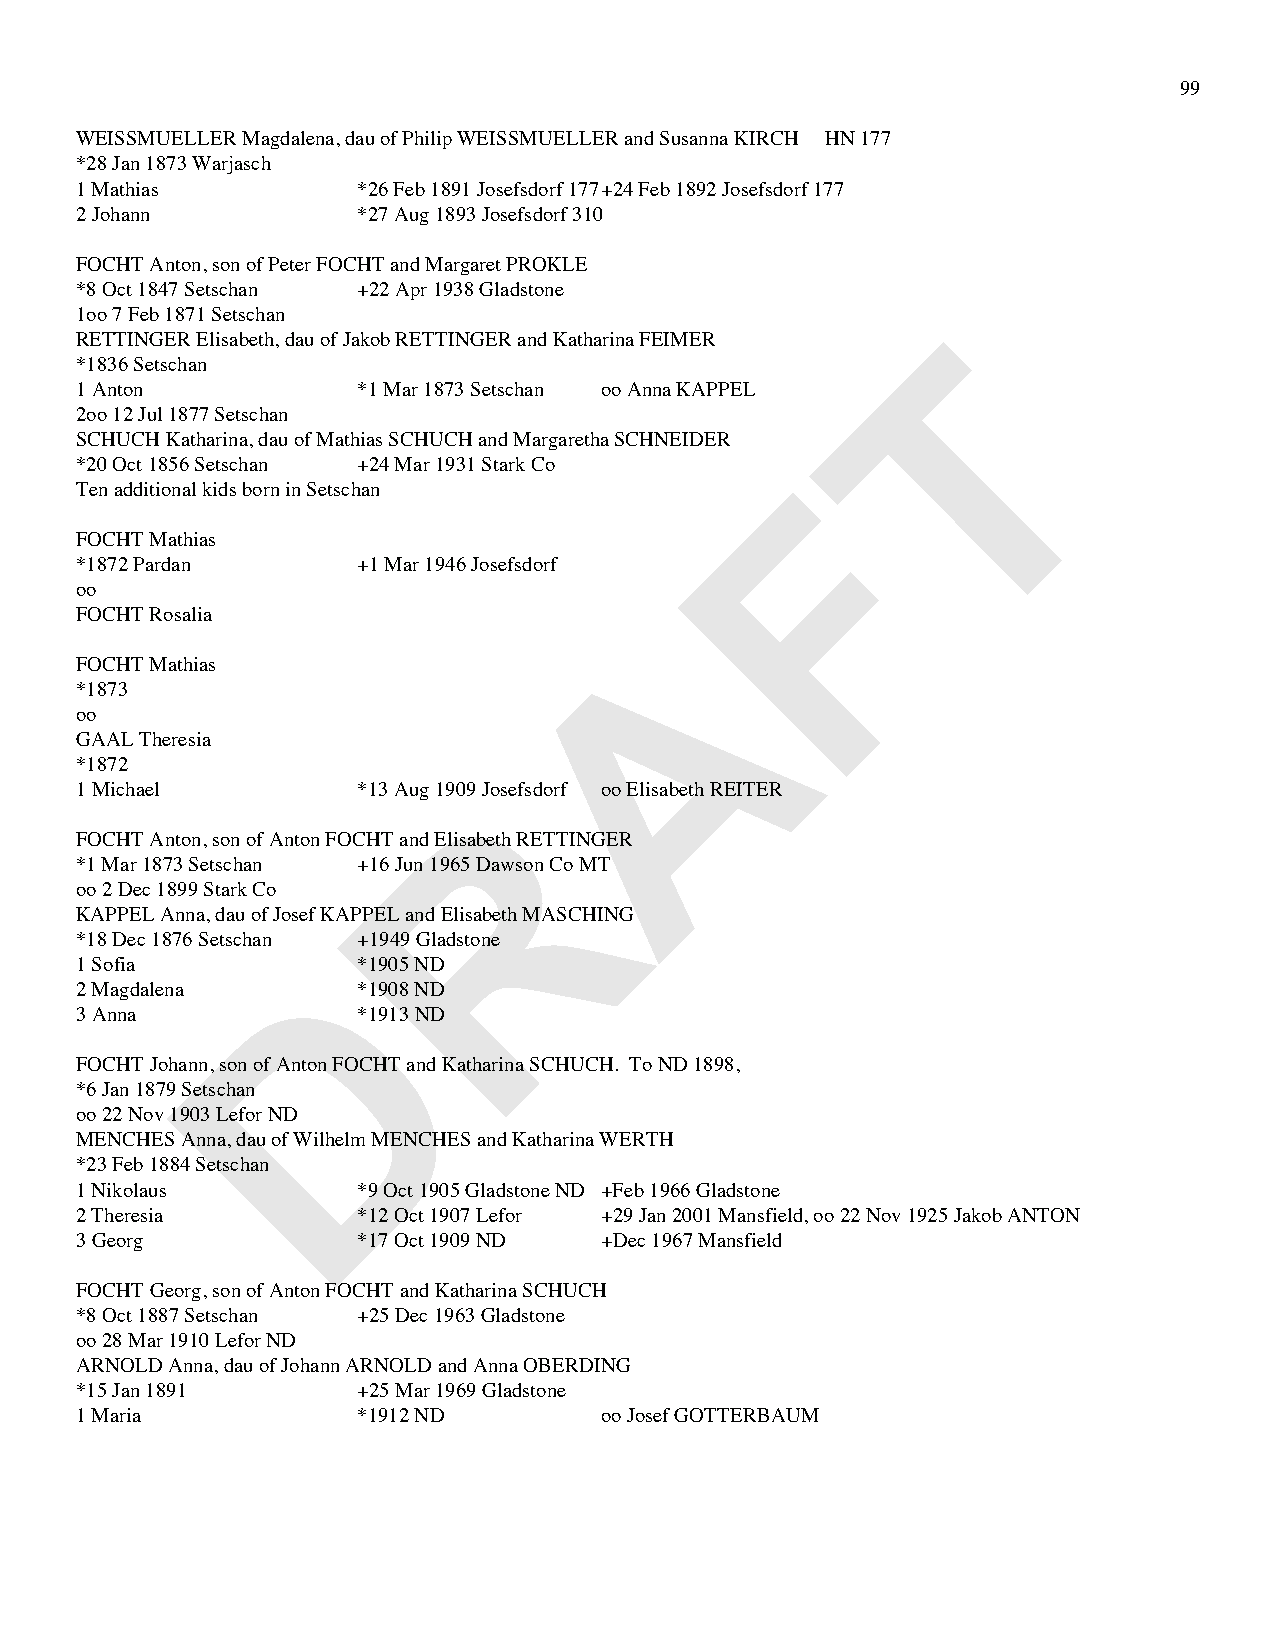
99
 WEISSMUELLER Magdalena, dau of Philip WEISSMUELLER and Susanna KIRCH HN 177
 *28 Jan 1873 Warjasch
 1 Mathias          *26 Feb 1891 Josefsdorf 177 +24 Feb 1892 Josefsdorf 177
 2 Johann           *27 Aug 1893 Josefsdorf 310
 FOCHT Anton, son of Peter FOCHT and Margaret PROKLE
 *8 Oct 1847 Setschan +22 Apr 1938 Gladstone
 1oo 7 Feb 1871 Setschan
 T
 RETTINGER Elisabeth, dau of Jakob RETTINGER and Katharina FEIMER
 *1836 Setschan
 1 Anton            *1 Mar 1873 Setschan oo Anna KAPPEL
 2oo 12 Jul 1877 Setschan
 SCHUCH Katharina, dau of Mathias SCHUCH and Margaretha SCHNEIDER
 *20 Oct 1856 Setschan +24 Mar 1931 Stark Co    F
 Ten additional kids born in Setschan
 FOCHT Mathias
 *1872 Pardan       +1 Mar 1946 Josefsdorf
 oo
 FOCHT Rosalia                        A
 FOCHT Mathias
 *1873
 oo
 GAAL Theresia
 *1872
 R
 1 Michael          *13 Aug 1909 Josefsdorf oo Elisabeth REITER
 FOCHT Anton, son of Anton FOCHT and Elisabeth RETTINGER
 *1 Mar 1873 Setschan +16 Jun 1965 Dawson Co MT
 oo 2 Dec 1899 Stark Co
 KAPPEL Anna, dau of Josef KAPPEL and Elisabeth MASCHING
 *18 Dec 1876 Setschan +1949 Gladstone
 D
 1 Sofia            *1905 ND
 2 Magdalena        *1908 ND
 3 Anna             *1913 ND
 FOCHT Johann, son of Anton FOCHT and Katharina SCHUCH. To ND 1898,
 *6 Jan 1879 Setschan
 oo 22 Nov 1903 Lefor ND
 MENCHES Anna, dau of Wilhelm MENCHES and Katharina WERTH
 *23 Feb 1884 Setschan
 1 Nikolaus         *9 Oct 1905 Gladstone ND +Feb 1966 Gladstone
 2 Theresia         *12 Oct 1907 Lefor +29 Jan 2001 Mansfield, oo 22 Nov 1925 Jakob ANTON
 3 Georg            *17 Oct 1909 ND +Dec 1967 Mansfield
 FOCHT Georg, son of Anton FOCHT and Katharina SCHUCH
 *8 Oct 1887 Setschan +25 Dec 1963 Gladstone
 oo 28 Mar 1910 Lefor ND
 ARNOLD Anna, dau of Johann ARNOLD and Anna OBERDING
 *15 Jan 1891       +25 Mar 1969 Gladstone
 1 Maria            *1912 ND        oo Josef GOTTERBAUM